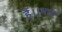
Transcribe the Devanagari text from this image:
हैं।।भाट